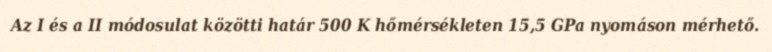
Az I és a II módosulat közötti határ 500 K hőmérsékleten 15,5 GPa nyomáson mérhető.